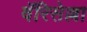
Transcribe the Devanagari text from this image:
वॅरिसेल्ला